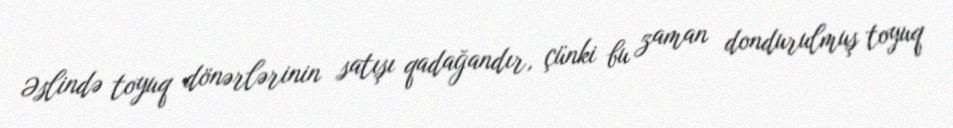
Əslində toyuq dönərlərinin satışı qadağandır, çünki bu zaman dondurulmuş toyuq